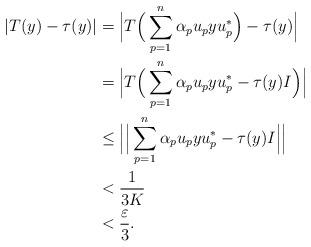
LaTeX: \begin{align*}|T(y) - \tau(y)| & = \Big|T\Big(\sum_{p=1}^n \alpha_p u_p y u_p^*\Big) - \tau(y)\Big|\\& = \Big|T\Big(\sum_{p=1}^n \alpha_p u_p y u_p^* - \tau(y)I\Big)\Big|\\& \leq \Big|\Big|\sum_{p=1}^n \alpha_p u_p y u_p^* - \tau(y)I\Big|\Big|\\& < \frac{1}{3K}\\& < \frac{\varepsilon}{3}.\end{align*}